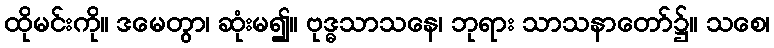
ထိုမင်းကို။ ဒမေတွာ၊ ဆုံးမ၍။ ဗုဒ္ဓသာသနေ၊ ဘုရား သာသနာတော်၌။ သစေ၊